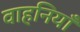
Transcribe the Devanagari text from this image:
वाहनियाँ